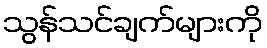
သွန်သင်ချက်များကို